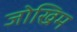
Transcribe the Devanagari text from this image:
जोखिम